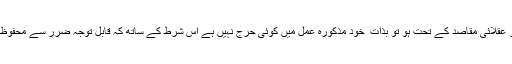
ج: اگر عقلائى مقاصد کے تحت ہو تو بذات ِ خود مذکورہ عمل ميں کوئى حرج نہيں ہے اس شرط کے ساتھ کہ قابل توجہ ضرر سے محفوظ رہے۔